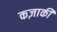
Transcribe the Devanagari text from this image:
कज़ाकी